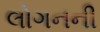
લોગનની